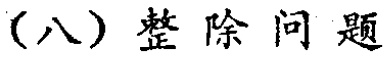
(八) 整除问题